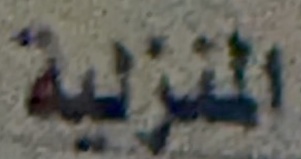
المنزلية